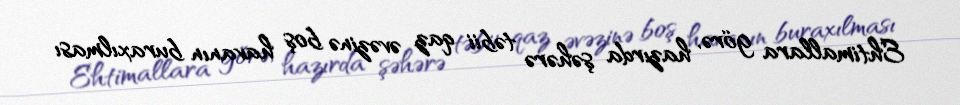
Ehtimallara görə, hazırda şəhərə təbii qaz əvəzinə boş havanın buraxılması